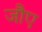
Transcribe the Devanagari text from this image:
जौए